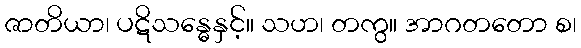
ဇာတိယာ၊ ပဋိသန္ဓေနှင့်။ သဟ၊ တကွ။ အာဂတတော စ၊